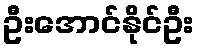
ဦးအောင်နိုင်ဦး